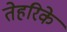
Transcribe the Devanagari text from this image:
तेहरिके